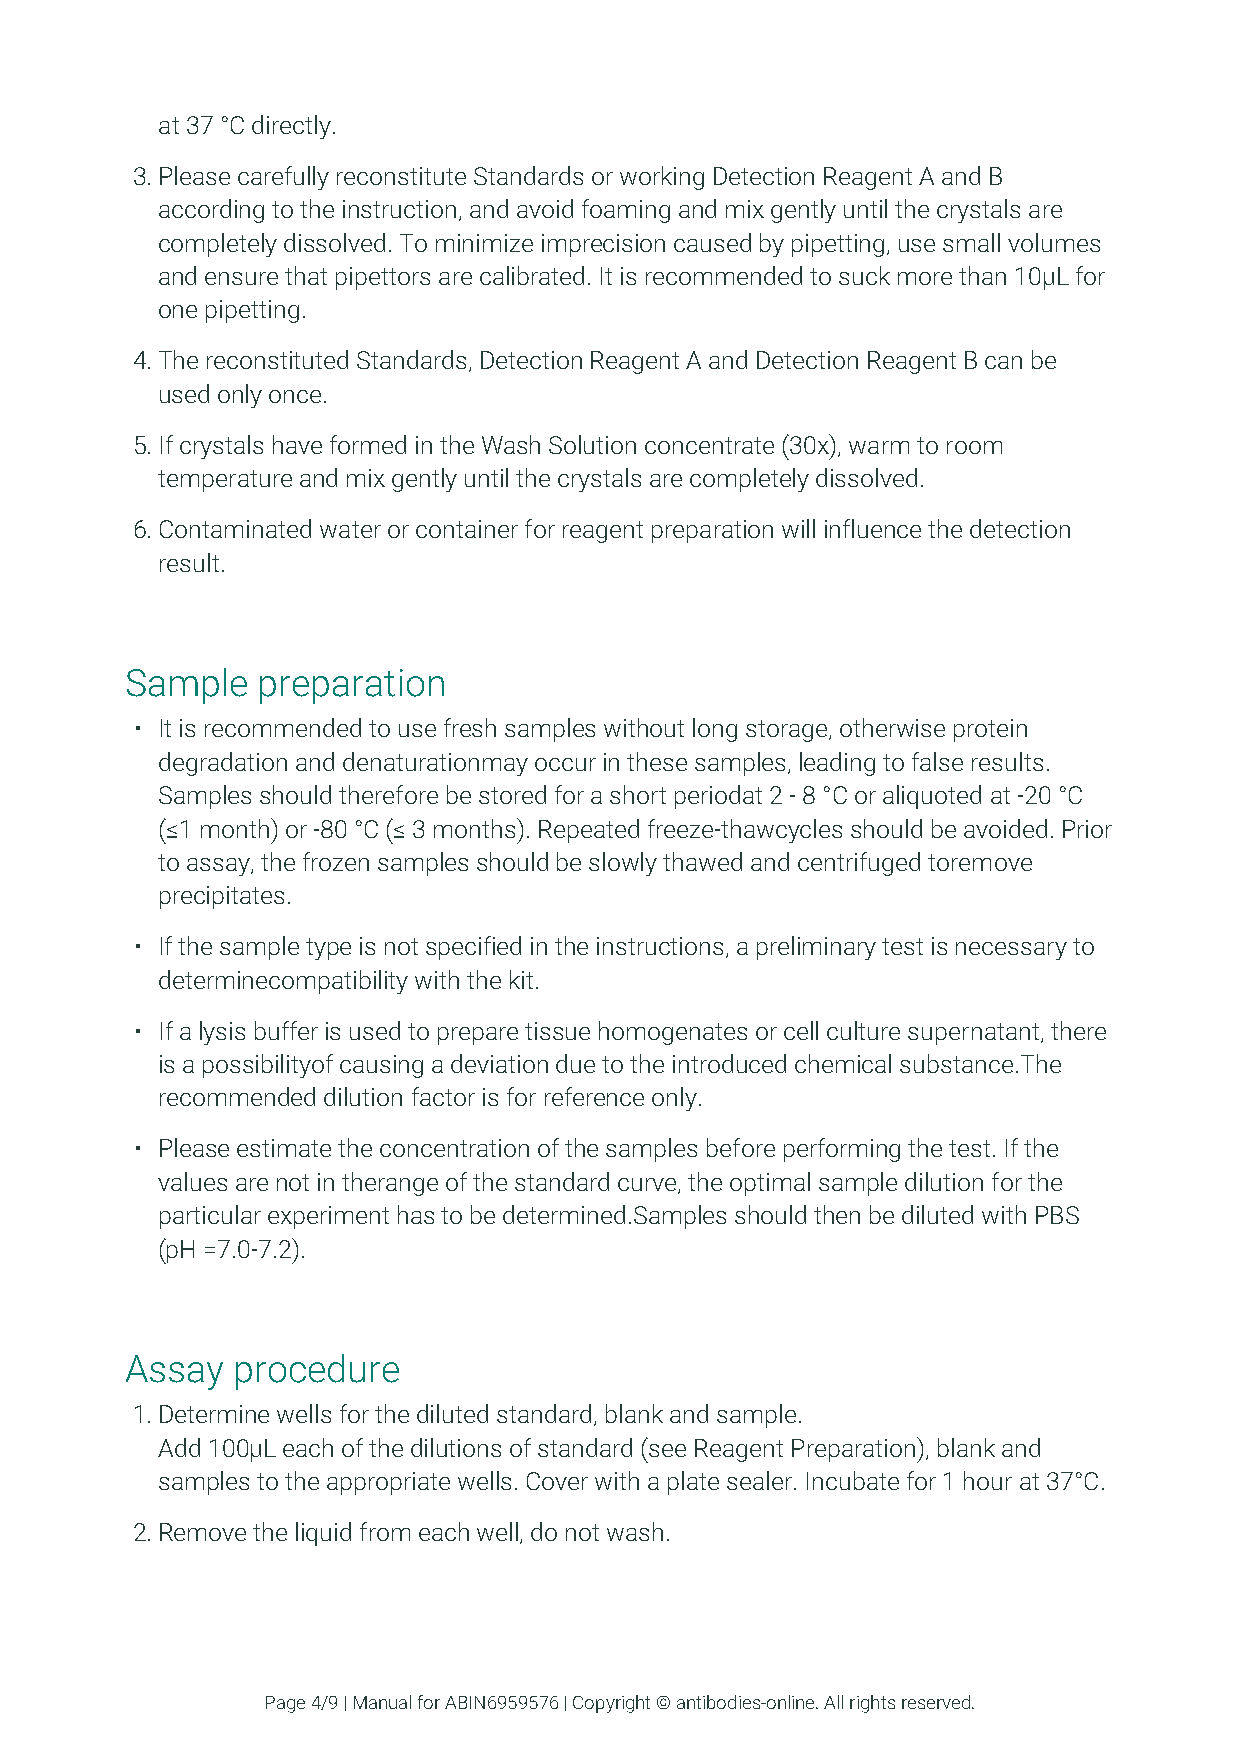
at 37 °C directly.
 3. Please carefully reconstitute Standards or working Detection Reagent A and B
 according to the instruction, and avoid foaming and mix gently until the crystals are
 completely dissolved. To minimize imprecision caused by pipetting, use small volumes
 and ensure that pipettors are calibrated. It is recommended to suck more than 10μL for
 one pipetting.
 4. The reconstituted Standards, Detection Reagent A and Detection Reagent B can be
 used only once.
 5. If crystals have formed in the Wash Solution concentrate (30x), warm to room
 temperature and mix gently until the crystals are completely dissolved.
 6. Contaminated water or container for reagent preparation will influence the detection
 result.
 Sample   preparation
 • It is recommended to use fresh samples without long storage, otherwise protein
 degradation and denaturationmay occur in these samples, leading to false results.
 Samples should therefore be stored for a short periodat 2 - 8 °C or aliquoted at -20 °C
 (≤1 month) or -80 °C (≤ 3 months). Repeated freeze-thawcycles should be avoided. Prior
 to assay, the frozen samples should be slowly thawed and centrifuged toremove
 precipitates.
 • If the sample type is not specified in the instructions, a preliminary test is necessary to
 determinecompatibility with the kit.
 • If a lysis buffer is used to prepare tissue homogenates or cell culture supernatant, there
 is a possibilityof causing a deviation due to the introduced chemical substance.The
 recommended dilution factor is for reference only.
 • Please estimate the concentration of the samples before performing the test. If the
 values are not in therange of the standard curve, the optimal sample dilution for the
 particular experiment has to be determined.Samples should then be diluted with PBS
 (pH =7.0-7.2).
 Assay  procedure
 1. Determine wells for the diluted standard, blank and sample.
 Add 100μL each of the dilutions of standard (see Reagent Preparation), blank and
 samples to the appropriate wells. Cover with a plate sealer. Incubate for 1 hour at 37°C.
 2. Remove the liquid from each well, do not wash.
 Page 4/9 | Manual for ABIN6959576 | Copyright © antibodies-online. All rights reserved.